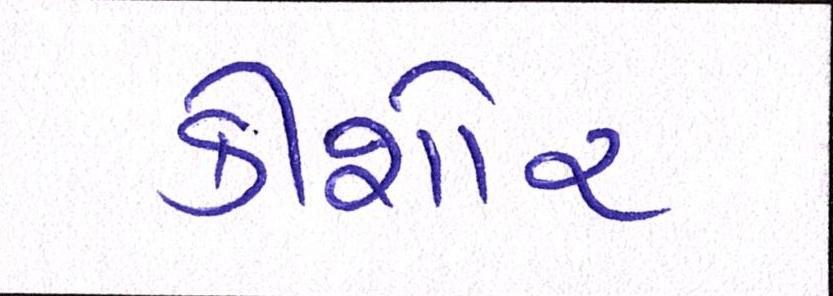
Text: કીશોર